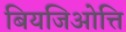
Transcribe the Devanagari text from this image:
बियजिओत्ति